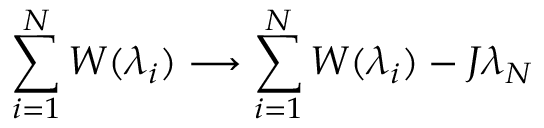
\sum _ { i = 1 } ^ { N } W ( \lambda _ { i } ) \longrightarrow \sum _ { i = 1 } ^ { N } W ( \lambda _ { i } ) - J \lambda _ { N }